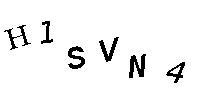
H1SVN4